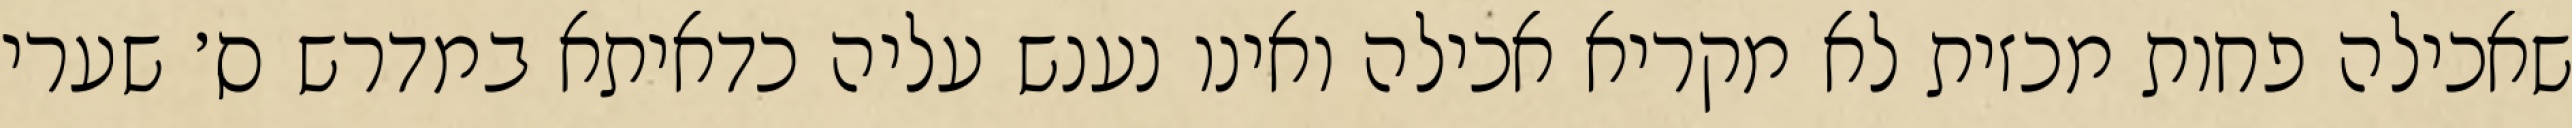
שאכילה פחות מכזית לא מקריא אכילה ואינו נענש עליה כדאיתא במדרש ס׳ שערי